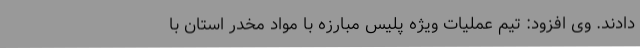
دادند. وی افزود: تیم عملیات ویژه پلیس مبارزه با مواد مخدر استان با